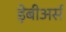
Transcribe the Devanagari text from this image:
ड़ेबीअर्स